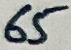
Text: 65